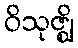
ဝိသုဇ္ဈိ